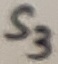
Text: S3